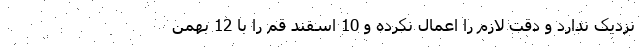
نزدیک ندارد و دقت لازم را اعمال نکرده و 10 اسفند قم را با 12 بهمن